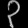
Digit: ၃